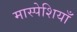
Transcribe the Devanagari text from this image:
मास्पेशियाँ